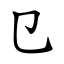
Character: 㔾